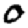
Digit: 0